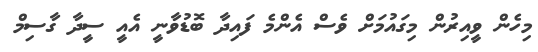
މިހެން ވީއިރުން މިގައުމަށް ވެސް އެންމެ ފައިދާ ބޮޑުވާނީ އެއީ ސީދާ ގާސިމް